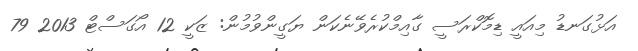
އަޅުގަނޑު މިއައީ ޑިމޮކްރަސީ ގާއިމްކުރެވޭނެކަން ޔަގީންވުމުން: ޒަކީ 12 އޯގަސްޓް 2013 79